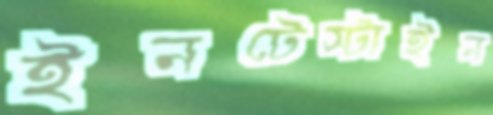
ইনটেস্টাইন